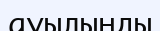
ауылынды